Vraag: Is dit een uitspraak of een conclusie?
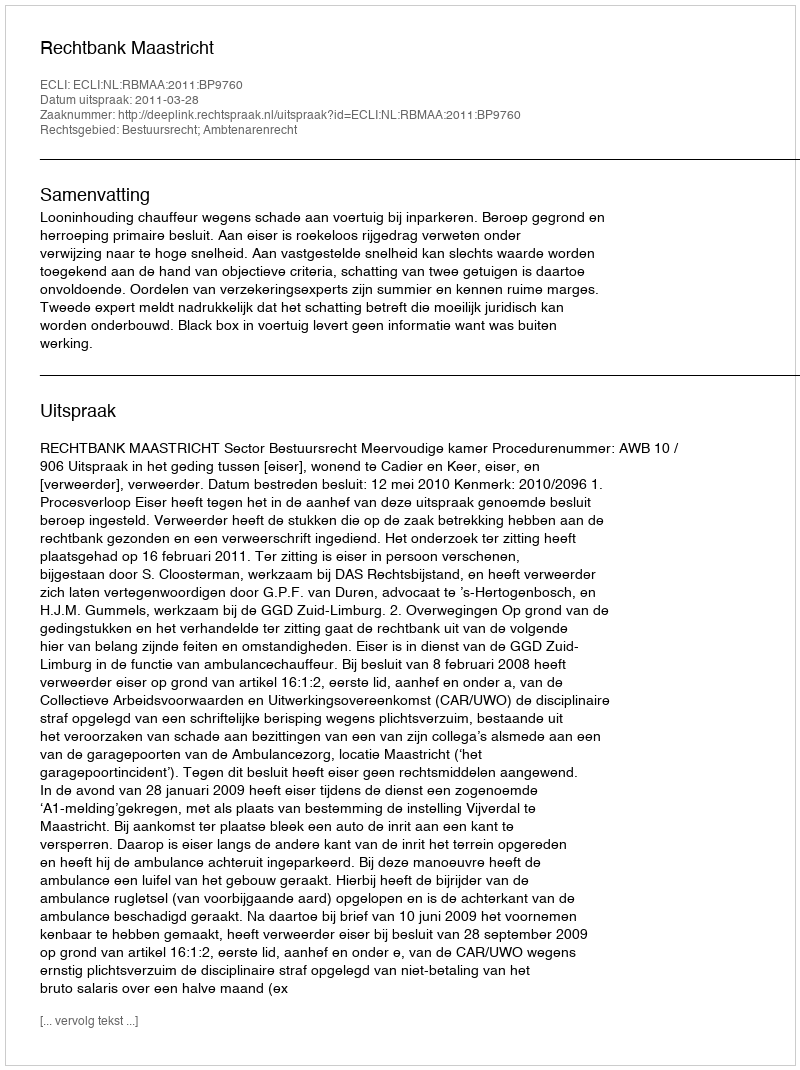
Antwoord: Uitspraak